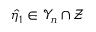
\hat { \eta } _ { 1 } \in \mathcal { Y } _ { n } \cap \mathcal { Z }